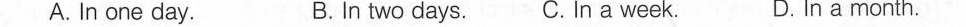
A. In one day. B. In two days.C. In a week. D. In a month.